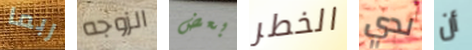
ربما الزوجه بعض الخطر لدي أن